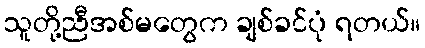
သူတို့ညီအစ်မတွေက ချစ်ခင်ပုံ ရတယ်။